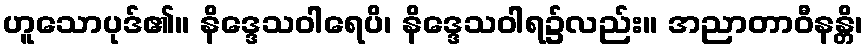
ဟူသောပုဒ်၏။ နိဒ္ဒေသဝါရေပိ၊ နိဒ္ဒေသဝါရ၌လည်း။ အညာတာဝီနန္တိ၊